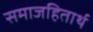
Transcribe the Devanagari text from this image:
समाजहितार्थ